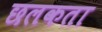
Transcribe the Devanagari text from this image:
छलकता